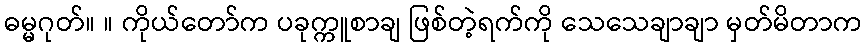
ဓမ္မဂုတ်။ ။ ကိုယ်တော်က ပခုက္ကူစာချ ဖြစ်တဲ့ရက်ကို သေသေချာချာ မှတ်မိတာက